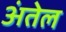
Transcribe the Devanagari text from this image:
अंतेल